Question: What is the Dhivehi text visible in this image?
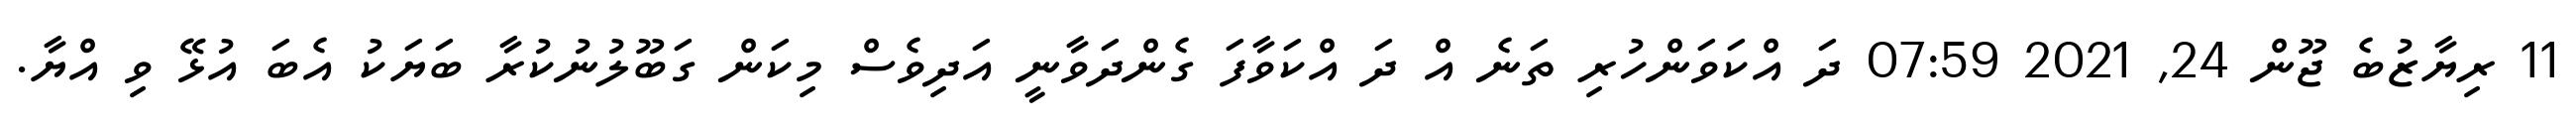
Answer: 11 ރިޔާޒުބެ ޖޫން 24, 2021 07:59 ދަ އްކަވަންހުރި ތަނެ އް ދަ އްކަވާފަ ގެންދަވާނީ އަދިވެސް މިކަން ގަބޫލުނުކުރާ ބަޔަކު އެބަ އުޅޭ ވި އްޔާ.